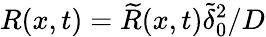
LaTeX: R(x,t)=\widetilde{R}(x,t)\widetilde{\delta}_{0}^{2}/D